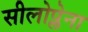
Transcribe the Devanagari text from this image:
सीलोप्लेना